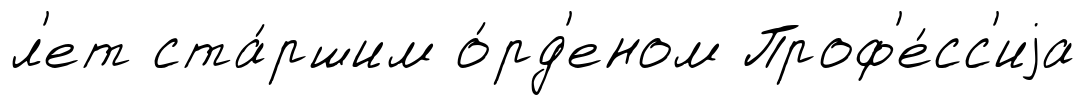
л'ет ста́ршим о́рд'еном Проф'е́сс'иjа